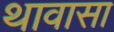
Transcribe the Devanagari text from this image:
थावासा